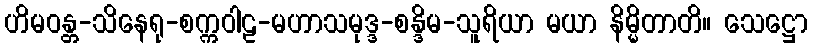
ဟိမဝန္တ-သိနေရု-စက္ကဝါဠ-မဟာသမုဒ္ဒ-စန္ဒိမ-သူရိယာ မယာ နိမ္မိတာတိ။ သေဋ္ဌော